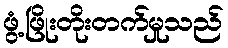
ဖွံ့ဖြိုးတိုးတက်မှုသည်